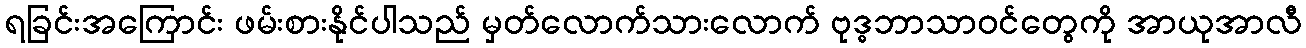
ရခြင်းအကြောင်း ဖမ်းစားနိုင်ပါသည် မှတ်လောက်သားလောက် ဗုဒ္ဓဘာသာဝင်တွေကို အာယုအာလီ